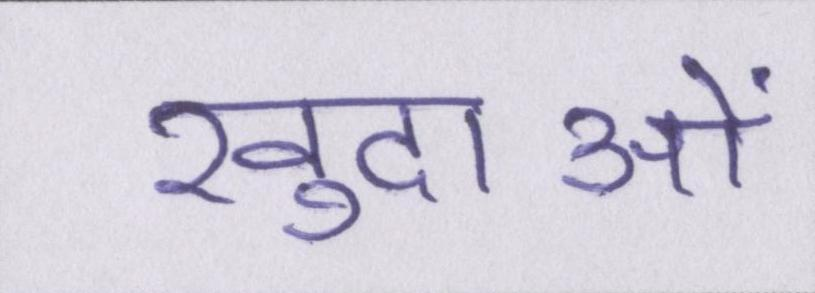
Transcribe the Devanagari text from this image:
खुदाओं